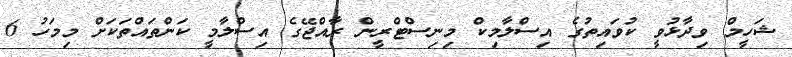
ޝަހީމް ވިދާޅުވީ ކުވައިތުގެ އިސްލާމިކް މިނިސްޓްރީން ރާއްޖޭގެ އިސްލާމީ ކަންތައްތަކަށް މިމަހު 6